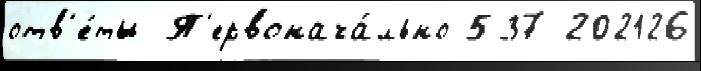
отв'е́ты П'ервонача́льно 537 202126